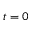
t = 0